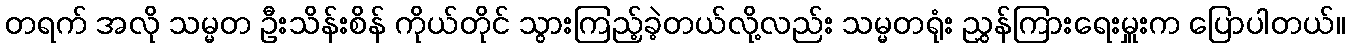
တရက် အလို သမ္မတ ဦးသိန်းစိန် ကိုယ်တိုင် သွားကြည့်ခဲ့တယ်လို့လည်း သမ္မတရုံး ညွှန်ကြားရေးမှူးက ပြောပါတယ်။